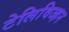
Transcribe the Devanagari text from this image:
टेलिविज्हन